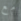
مع